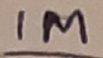
Text: 1M